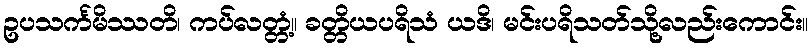
ဥပသင်္ကမိဿတိ၊ ကပ်လတ္တံ့။ ခတ္တိယပရိသံ ယဒိ၊ မင်းပရိသတ်သို့လည်းကောင်း။